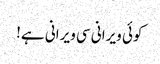
کوئی ویرانی سی ویرانی ہے!